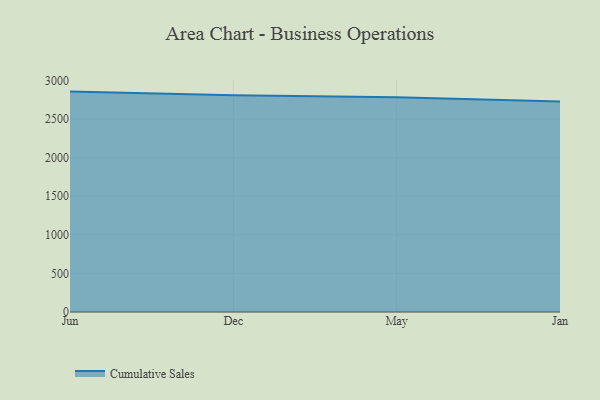
{"axis": {"x": "Month", "y": "Temperature (°C)"}, "legend": ["Cumulative Sales"], "data": [{"x": "Jun", "y": 2857.0, "type": "Cumulative Sales"}, {"x": "Dec", "y": 2810.9, "type": "Cumulative Sales"}, {"x": "May", "y": 2783.0, "type": "Cumulative Sales"}, {"x": "Jan", "y": 2729.4, "type": "Cumulative Sales"}]}